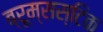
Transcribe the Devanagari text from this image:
ब्रूम्सस्टिक